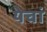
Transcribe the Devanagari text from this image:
येचां